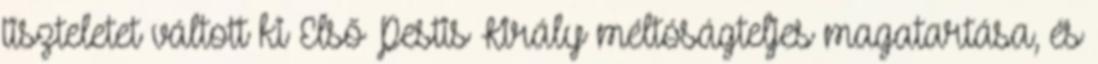
tiszteletet váltott ki Első Pestis Király méltóságteljes magatartása, és